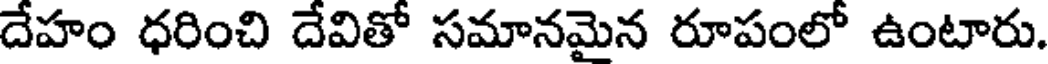
దేహం ధరించి దేవితో సమానమైన రూపంలో ఉంటారు.